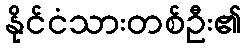
နိုင်ငံသားတစ်ဦး၏